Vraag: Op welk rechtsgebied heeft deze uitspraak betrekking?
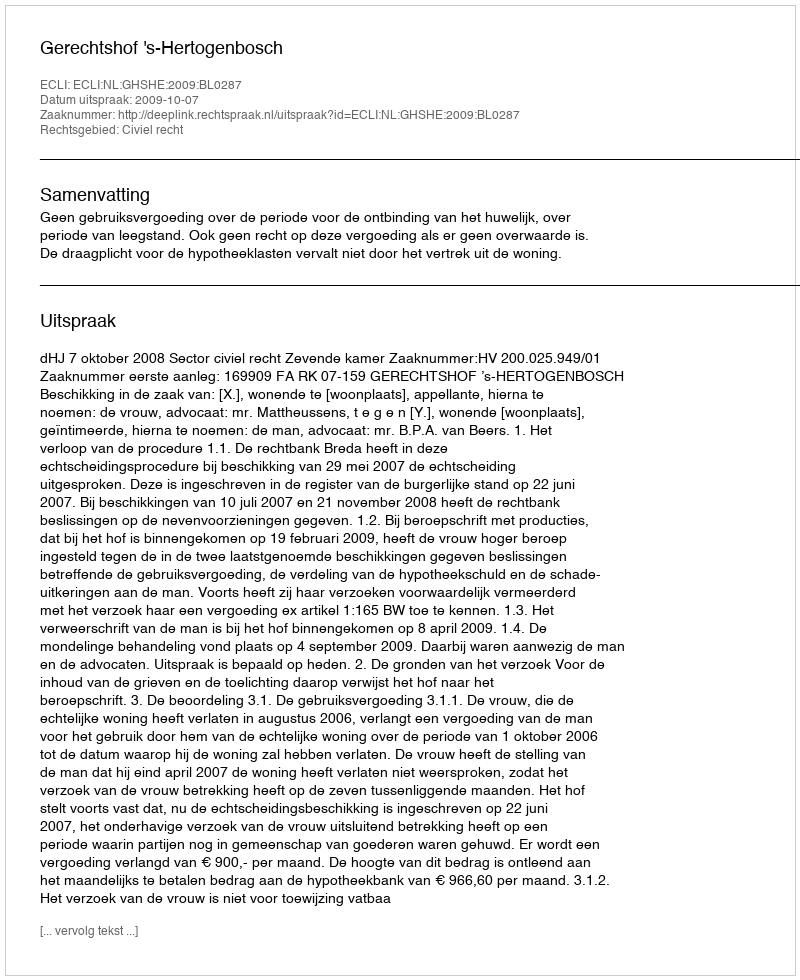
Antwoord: Civiel recht